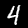
Label: 4